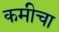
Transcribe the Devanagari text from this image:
कमीचा